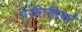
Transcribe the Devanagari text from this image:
घरमालिकों